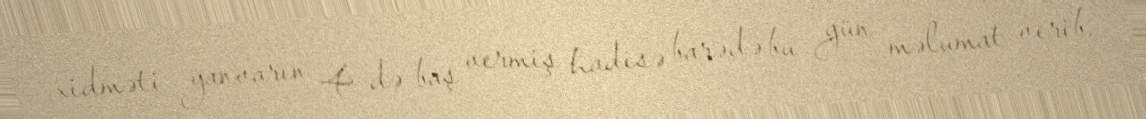
xidməti yanvarın 4-də baş vermiş hadisə barədə bu gün məlumat verib.